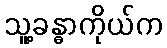
သူ့ခန္ဓာကိုယ်က